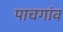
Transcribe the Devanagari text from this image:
पाचगांव